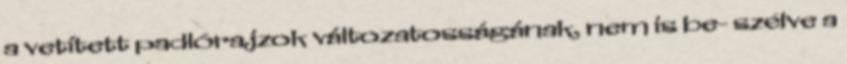
a vetített padlórajzok változatosságának, nem is be- szélve a